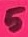
Text: 5